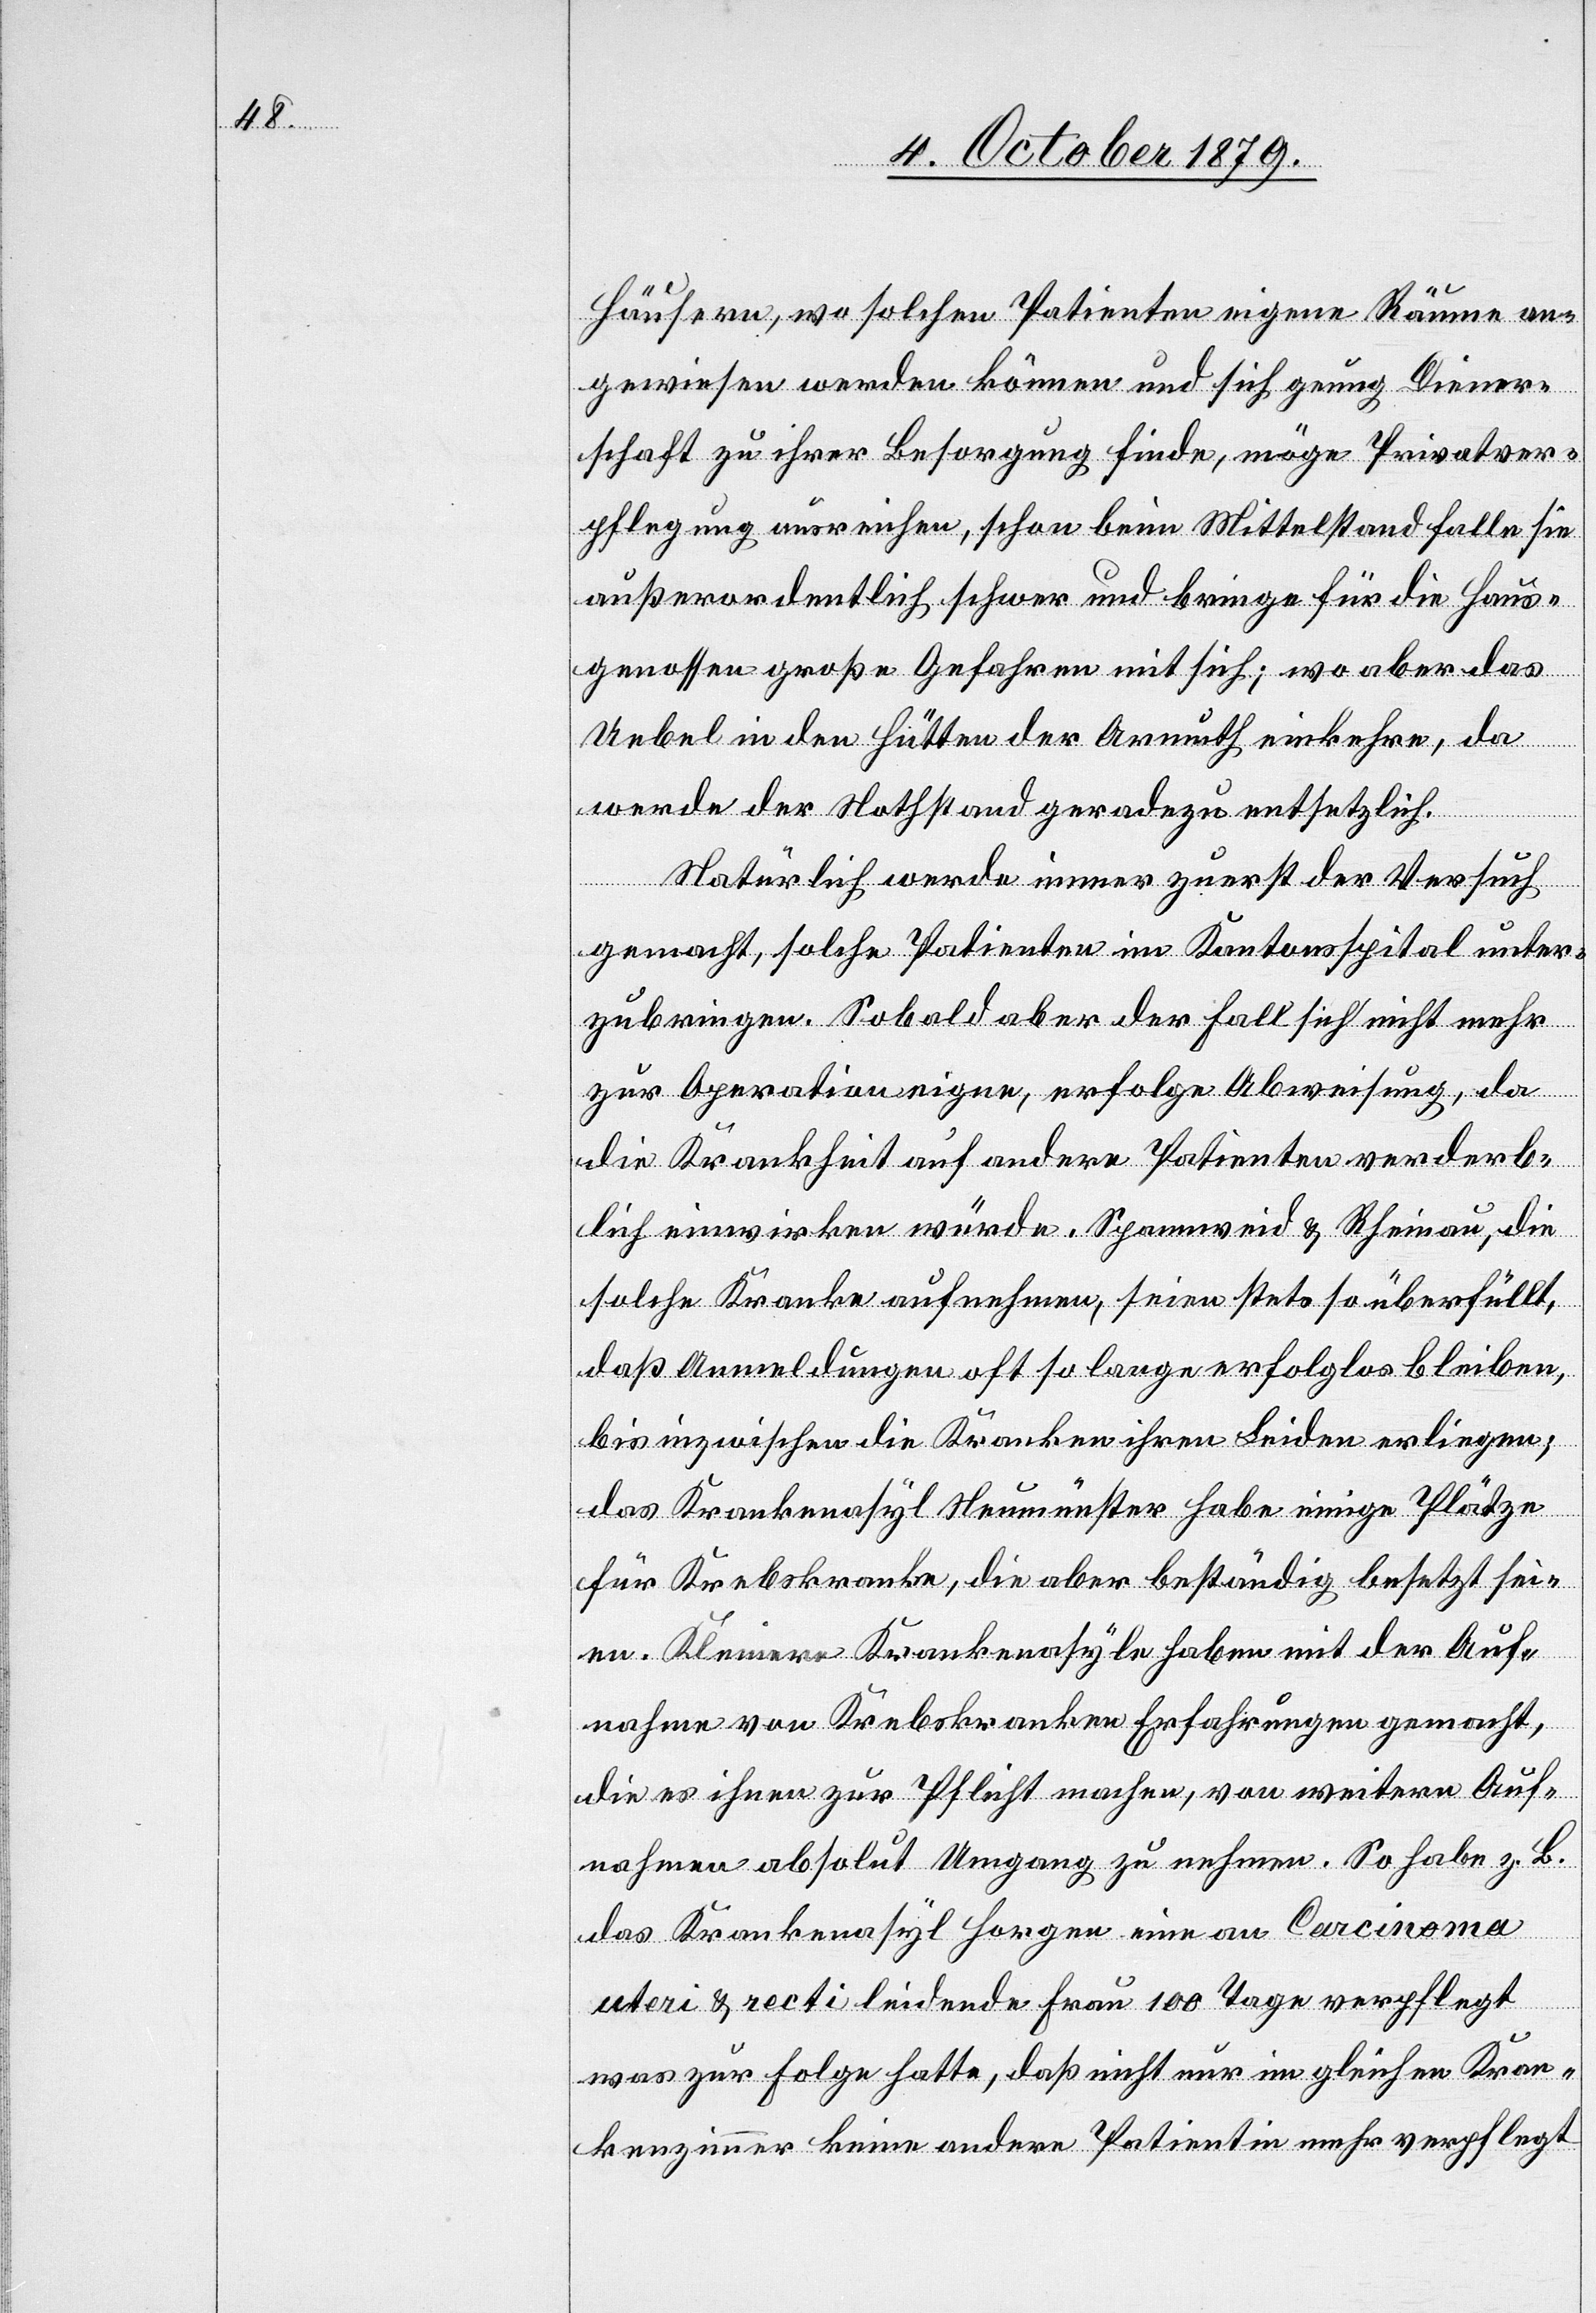
Häusern, wo solchen Patienten eigene Räume an¬
gewiesen werden können und sich genug Diener¬
schaft zu ihrer Besorgung finde, möge Privatver¬
pflegung ausreichen, schon beim Mittelstand falle sie
außerordentlich schwer und bringe für die Haus¬
genossen große Gefahren mit sich; wo aber das
Uebel in den Hütten der Armuth einkehre, da
werde der Nothstand geradezu entsetzlich.
Natürlich werde immer zuerst der Versuch
gemacht, solche Patienten im Kantonsspital unter¬
zubringen. Sobald aber der Fall sich nicht mehr
zur Operation eigne, erfolge Abweisung, da
die Krankheit auf andere Patienten verderb¬
lich einwirken würde. Spannweid & Rheinau, die
solche Kranke aufnehmen, seien stets so überfüllt,
daß Anmeldungen oft so lange erfolglos bleiben,
bis inzwischen die Kranken ihren Leiden erliegen;
das Krankenasyl Neumünster habe einige Plätze
für Krebskranke, die aber beständig besetzt sei¬
en. Kleinere Krankenasyle haben mit der Auf¬
nahme von Krebskranken Erfahrungen gemacht,
die es ihnen zur Pflicht machen, von weiteren Auf¬
nahmen absolut Umgang zu nehmen. So habe z. B.
das Krankenasyl Horgen eine am Carcinoma
uteri & recti leidende Frau 100 Tage verpflegt
was zur Folge hatte, daß nicht nur im gleichen Kran¬
kenzimmer keine andere Patientin mehr verpflegt